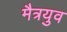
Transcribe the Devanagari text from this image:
मैत्रयुव